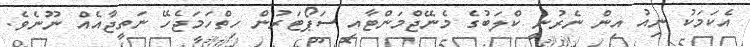
އެކަމަކު ނިއު އިން ނެރުނީ ކްލަބުގެ މެނޭޖްމަންޓާއި ސަޕޯޓަރުން ހިތްހަމަޖެހޭ ނަތީޖާއެއް ނޫނެވެ.